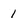
Character: 1